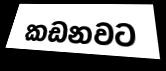
කඩනවට